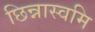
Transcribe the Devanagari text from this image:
छिन्नास्वमि